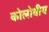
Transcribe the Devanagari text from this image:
कोलोवीय